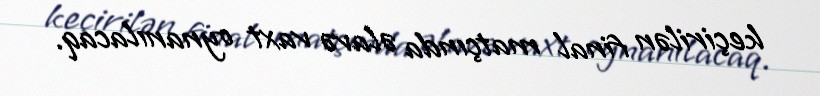
keçirilən final matçında əlavə vaxt oynanılacaq.